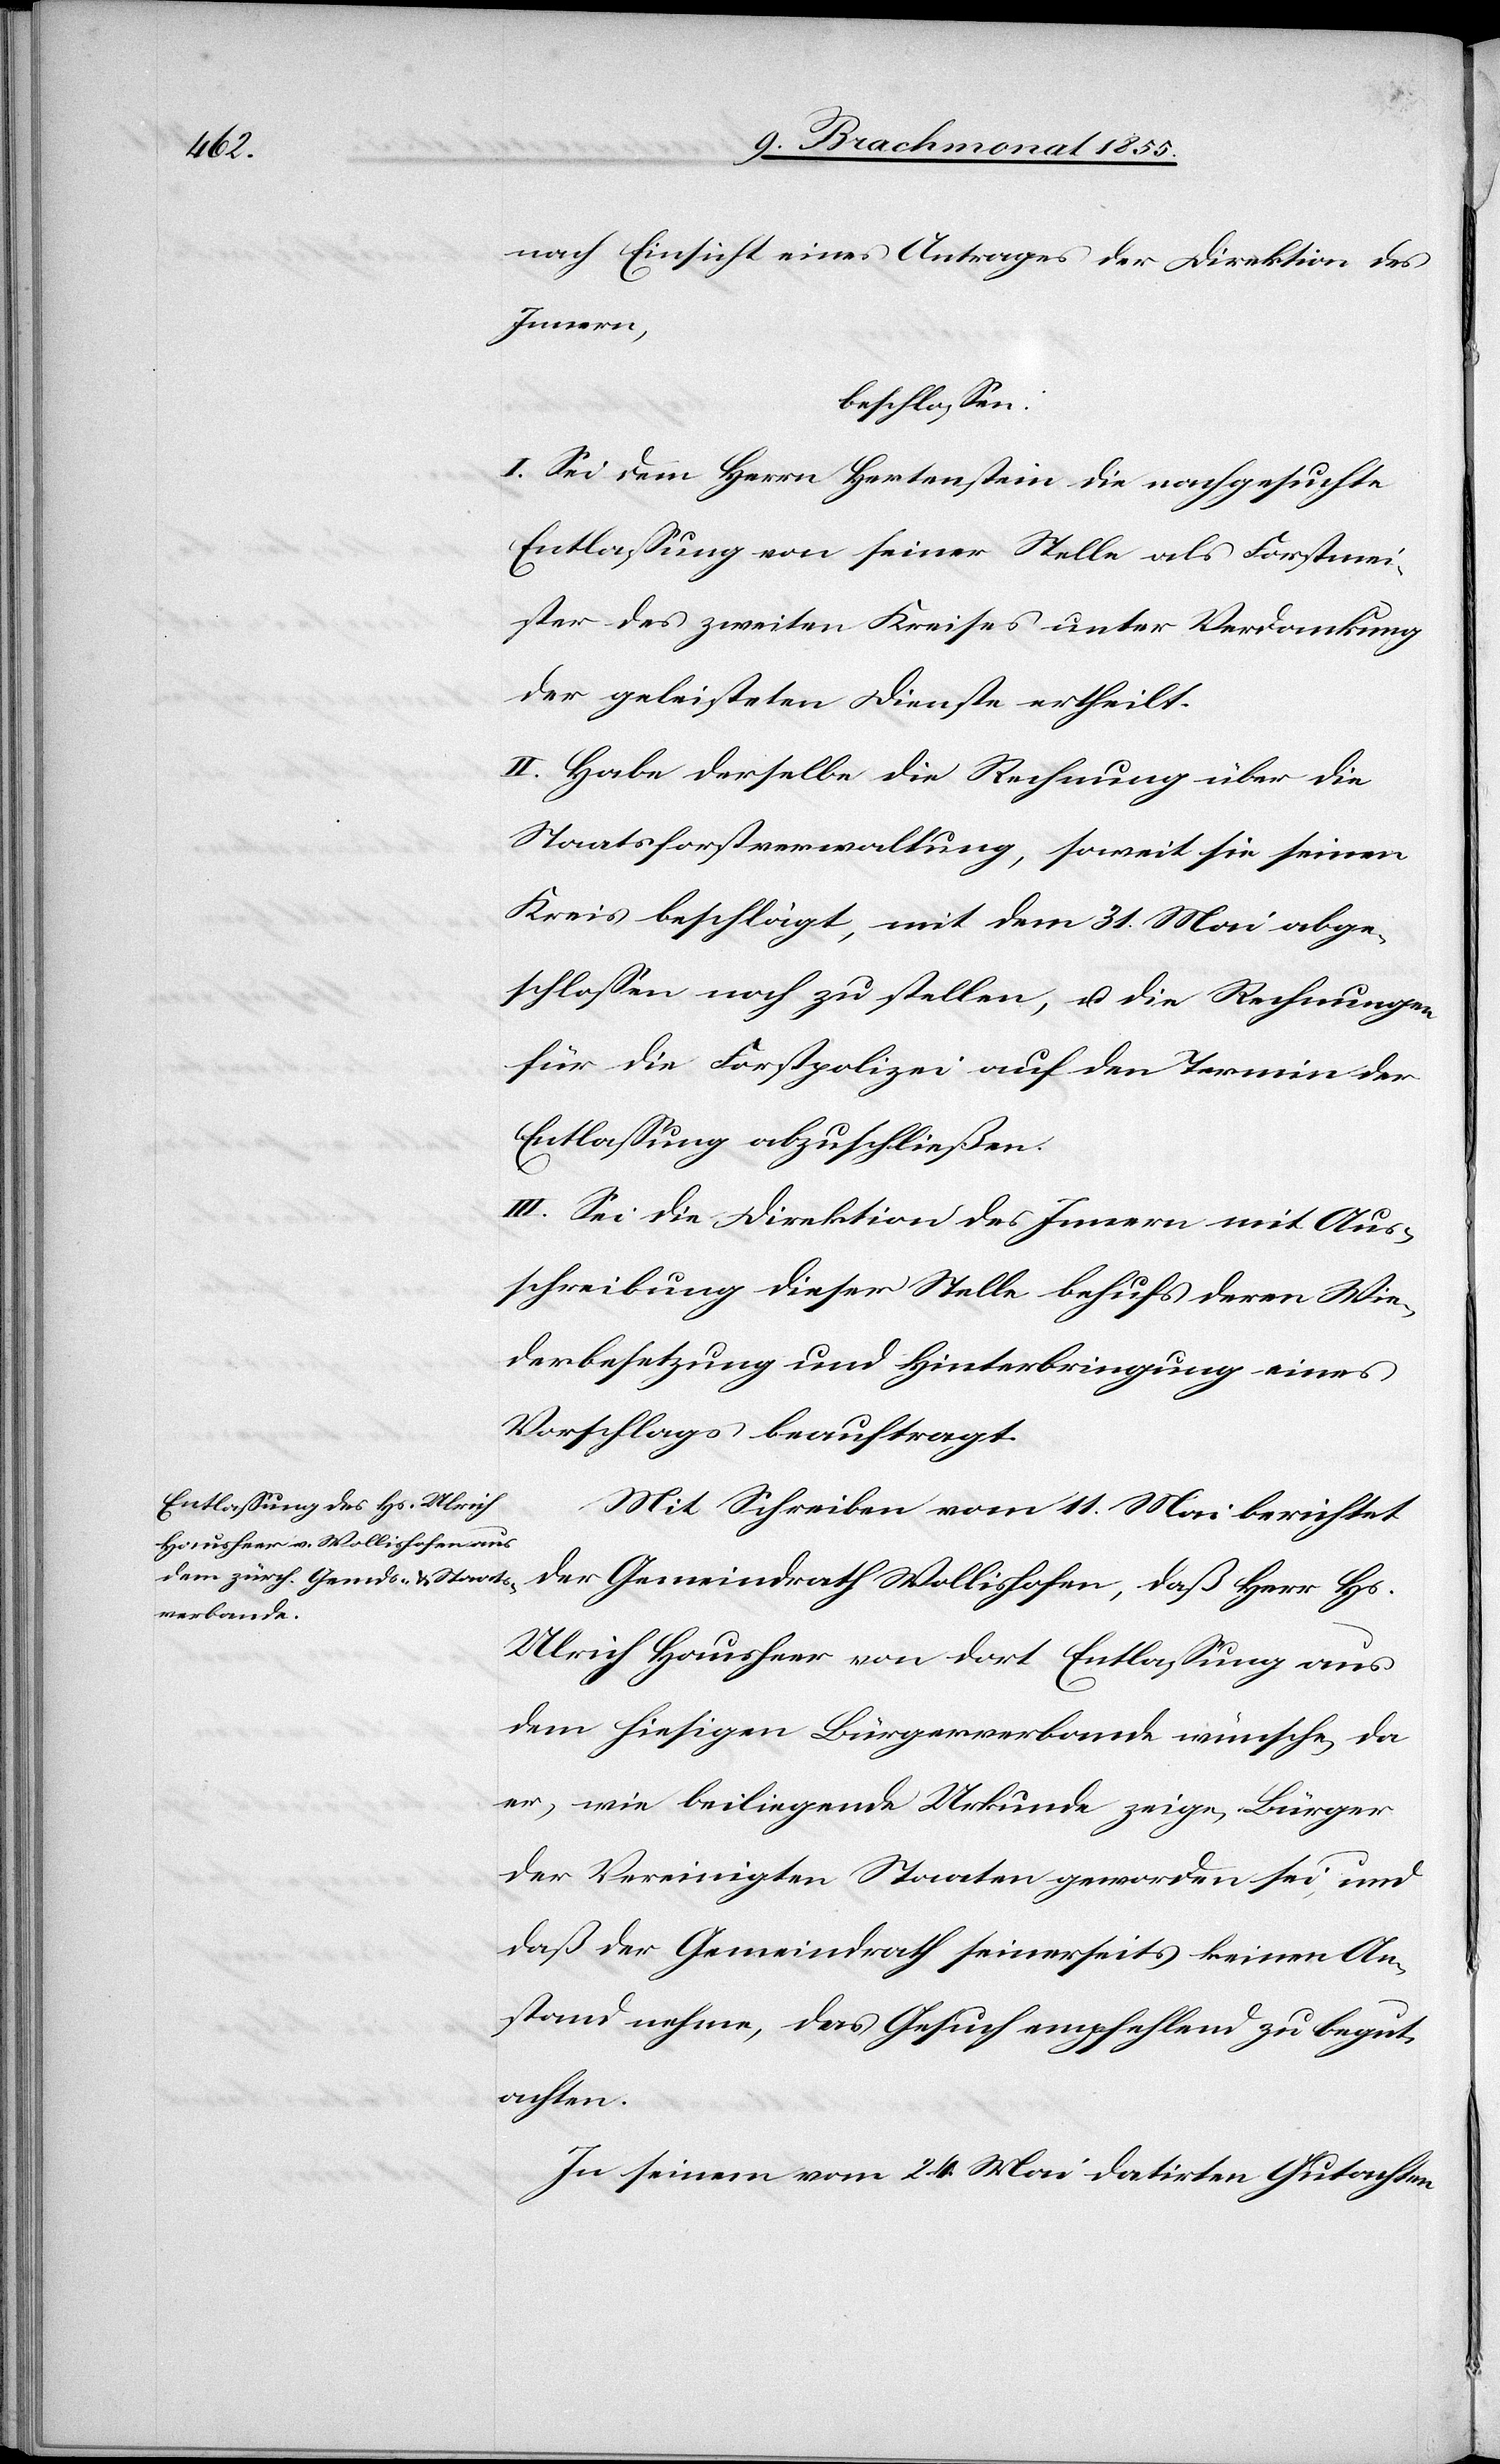
nach Einsicht eines Antrages der Direktion des
Innern,
beschlossen:
I. Sei dem Herrn Hertenstein die nachgesuchte
Entlassung von seiner Stelle als Forstmei¬
ster des zweiten Kreises unter Verdankung
der geleisteten Dienste ertheilt.
II. Habe derselbe die Rechnung über die
Staatsforstverwaltung, soweit sie seinen
Kreis beschlägt, mit dem 31. Mai abge¬
schlossen noch zu stellen, u. die Rechnungen
für die Forstpolizei auf den Termin der
Entlassung abzuschließen.
III. Sei die Direktion des Innern mit Aus¬
schreibung dieser Stelle behufs deren Wie¬
derbesetzung und Hinterbringung eines
Vorschlags beauftragt.
Mit Schreiben vom 11. Mai berichtet
der Gemeindrath Wollishofen, daß Herr Hs.
Ulrich Hausheer von dort Entlassung aus
dem hiesigen Bürgerverbande wünsche, da
er, wie beiliegende Urkunde zeige, Bürger
der Vereinigten Staaten geworden sei, und
daß der Gemeindrath seinerseits keinen An¬
stand nehme, das Gesuch empfehlend zu begut¬
achten.
In seinem vom 24. Mai datirten Gutachten